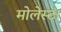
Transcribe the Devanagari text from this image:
मोलेस्टा